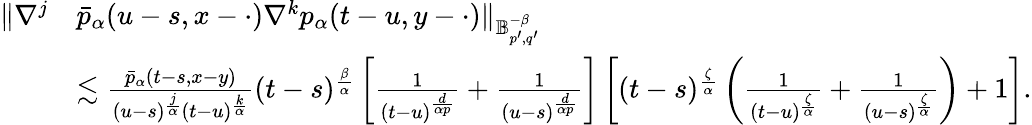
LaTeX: \begin{array}{rl}{\Vert\nabla^{j}}&{\bar{p}_{\alpha}(u-s,x-\cdot)\nabla^{k}p_{\alpha}(t-u,y-\cdot)\Vert_{\mathbb{B}_{p^{\prime},q^{\prime}}^{-\beta}}}\\ &{\lesssim\frac{\bar{p}_{\alpha}(t-s,x-y)}{(u-s)^{\frac{j}{\alpha}}(t-u)^{\frac{k}{\alpha}}}(t-s)^{\frac{\beta}{\alpha}}\left[\frac{1}{(t-u)^{\frac{d}{\alpha p}}}+\frac{1}{(u-s)^{\frac{d}{\alpha p}}}\right]\left[(t-s)^{\frac{\zeta}{\alpha}}\left(\frac{1}{(t-u)^{\frac{\zeta}{\alpha}}}+\frac{1}{(u-s)^{\frac{\zeta}{\alpha}}}\right)+1\right].}\end{array}